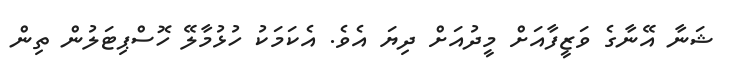
ޝަނާ އޭނާގެ ވަޒީފާއަށް މީދުއަށް ދިޔަ އެވެ. އެކަމަކު ހުޅުމާލޭ ހޮސްޕިޓަލުން ތިން